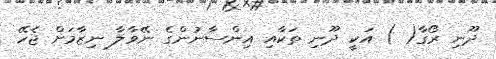
ދޫނި ރޯގާ( ) އަކީ ދޫނި ތަކާއި އިންސާނުންގެ ނޭވާލާ ނިޒާމަށް ޖެހޭ